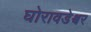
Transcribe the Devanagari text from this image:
घोरावडेश्वर